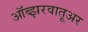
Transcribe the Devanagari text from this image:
ऑब्झरवातूअर